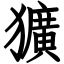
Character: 獷